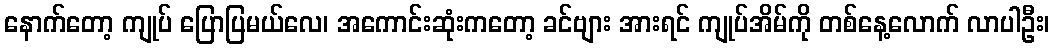
နောက်တော့ ကျုပ် ပြောပြမယ်လေ၊ အကောင်းဆုံးကတော့ ခင်ဗျား အားရင် ကျုပ်အိမ်ကို တစ်နေ့လောက် လာပါဦး၊